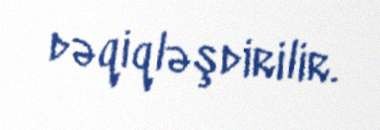
dəqiqləşdirilir.